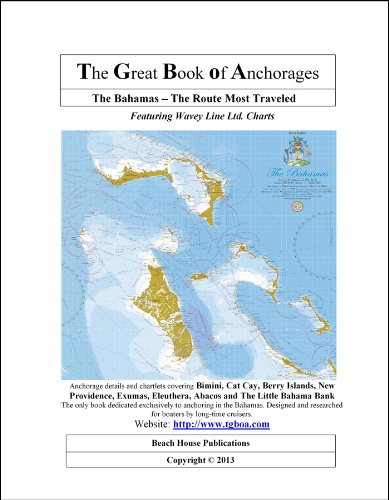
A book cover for The Bahamas - The Route Most Traveled; Beach House Publications; Travel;